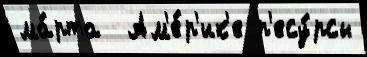
ма́рта  Ам'е́р'ик'е р'есу́рсы